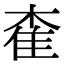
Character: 㮅